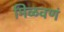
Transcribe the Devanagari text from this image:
मिळवणं